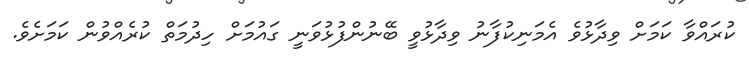
ކުރައްވާ ކަމަށް ވިދާޅުވެ އެމަނިކުފާނު ވިދާޅުވީ ބޭނުންފުޅުވަނީ ގައުމަށް ހިދުމަތް ކުރެއްވުން ކަމަށެވެ.